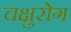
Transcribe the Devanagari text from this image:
चक्षुरोग